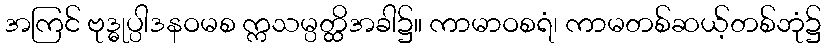
အကြင် ဗုဒ္ဓုပ္ပါဒနဝမစ က္ကသမ္ပတ္ထိအခါ၌။ ကာမာဝစရံ၊ ကာမတစ်ဆယ့်တစ်ဘုံ၌